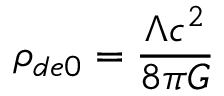
\rho _ { d e 0 } = { \frac { \Lambda c ^ { 2 } } { 8 \pi G } }